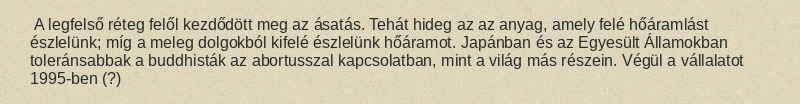
A legfelső réteg felől kezdődött meg az ásatás. Tehát hideg az az anyag, amely felé hőáramlást észlelünk; míg a meleg dolgokból kifelé észlelünk hőáramot. Japánban és az Egyesült Államokban toleránsabbak a buddhisták az abortusszal kapcsolatban, mint a világ más részein. Végül a vállalatot 1995-ben (?)